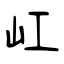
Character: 屸